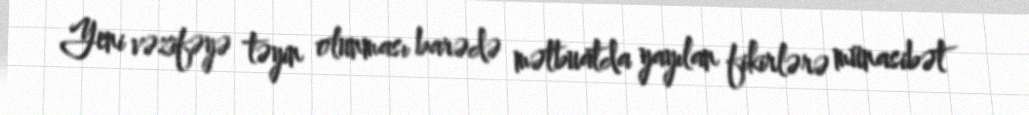
Yeni vəzifəyə təyin olunması barədə mətbuatda yayılan fikirlərə münasibət